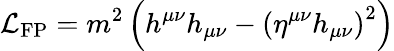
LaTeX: {\mathcal{L}}_{\mathrm{FP}}=m^{2}\left(h^{\mu\nu}h_{\mu\nu}-\left(\eta^{\mu\nu}h_{\mu\nu}\right)^{2}\right)